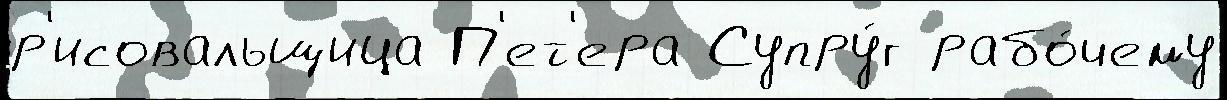
р'исовальщица П'ет'ера Супру́г рабо́чему